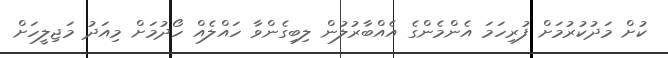
ކުށް މަދުކުރުމަށް ފުރިހަމަ އެންމެންގެ އެއްބާރުލުން ލިބިގެންވާ ހައްލެއް ހޯދުމަށް މިއަދު މަޖިލީހަށް